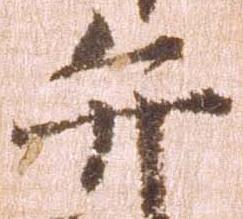
弁